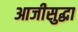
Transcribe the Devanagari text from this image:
आजीसुद्धा